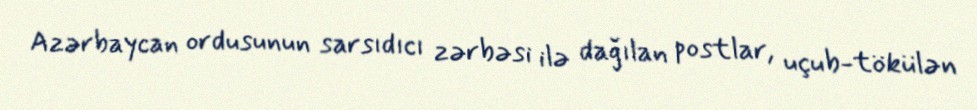
Azərbaycan ordusunun sarsıdıcı zərbəsi ilə dağılan postlar, uçub-tökülən